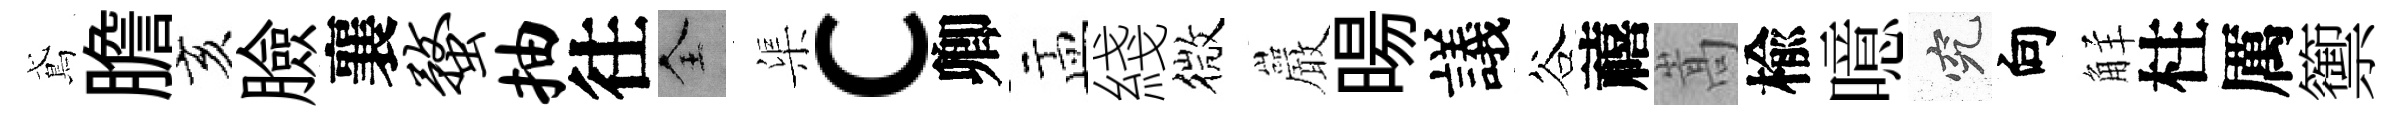
鳶膽亥臉襄蝥抽往全渠c卿盂綫微巖暘議谷禧嵩楡噫究向觧柱厲籞